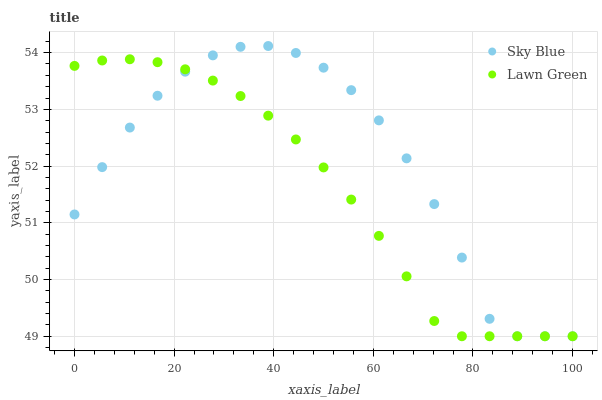
| xaxis_label | Sky Blue | Lawn Green |
 | --- | --- | --- |
 | 0 | 51.1 | 53.8 |
 | 5.56 | 52 | 53.9 |
 | 11.1 | 52.7 | 53.9 |
 | 16.7 | 53.2 | 53.8 |
 | 22.2 | 53.7 | 53.7 |
 | 27.8 | 54 | 53.5 |
 | 33.3 | 54.1 | 53.2 |
 | 38.9 | 54.1 | 52.9 |
 | 44.4 | 54 | 52.5 |
 | 50 | 53.7 | 52 |
 | 55.6 | 53.3 | 51.4 |
 | 61.1 | 52.8 | 50.8 |
 | 66.7 | 52.1 | 50.1 |
 | 72.2 | 51.3 | 49.3 |
 | 77.8 | 50.4 | 49 |
 | 83.3 | 49.3 | 49 |
 | 88.9 | 49 | 49 |
 | 94.4 | 49 | 49 |
 | 100 | 49 | 49 |